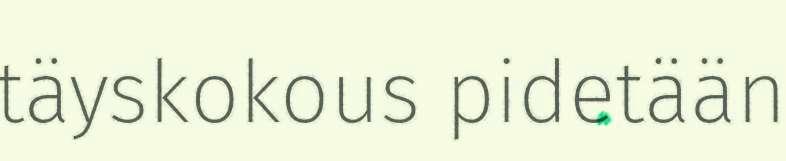
täyskokous pidetään